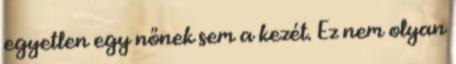
egyetlen egy nőnek sem a kezét. Ez nem olyan